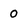
Character: 0